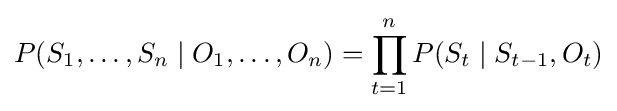
P(S_{1},\dots ,S_{n}\mid O_{1},\dots ,O_{n})=\prod _{t=1}^{n}P(S_{t}\mid S_{t-1},O_{t})